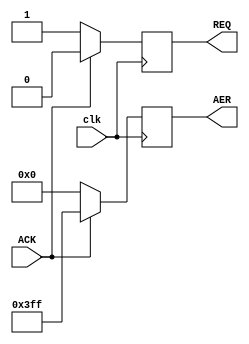
`timescale 1ns / 1ps
module DVS_MODEL(
input clk,
input ACK,
output REQ,
output [9:0]AER
    );
    
reg req = 1'b1;
reg [9:0]aer1 = 10'b0000000000;

assign REQ = req;
assign AER = aer1; 


always @(posedge clk)
begin
    if (ACK == 1'b1) begin
        req = 1'b0;
        #30;
        aer1 = 10'b1111111111;
    end
    else begin
       req <= 1'b1;
       aer1 = 10'b0000000000;
    end
        
end
endmodule